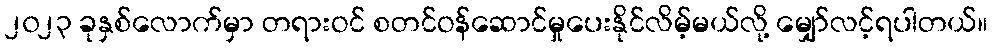
၂၀၂၃ ခုနှစ်လောက်မှာ တရားဝင် စတင်ဝန်ဆောင်မှုပေးနိုင်လိမ့်မယ်လို့ မျှော်လင့်ရပါတယ်။